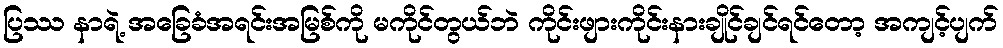
ပြဿ နာရဲ့ အခြေခံအရင်းအမြစ်ကို မကိုင်တွယ်ဘဲ ကိုင်းဖျားကိုင်းနားချိုင်ချင်ရင်တော့ အကျင့်ပျက်